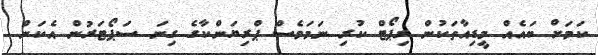
ކަމަށް ބައެއް މީޑިއާތަކުން ރިޕޯޓް ކުރި ނަމަވެސް ޕްރިޔަންކާގެ ގިނަ ސަޕޯޓަރުން އެކަން